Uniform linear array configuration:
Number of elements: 48
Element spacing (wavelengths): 0.25
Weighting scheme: hamming
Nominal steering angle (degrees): -45
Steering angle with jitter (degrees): -43.949
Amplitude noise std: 0.05
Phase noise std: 0.05

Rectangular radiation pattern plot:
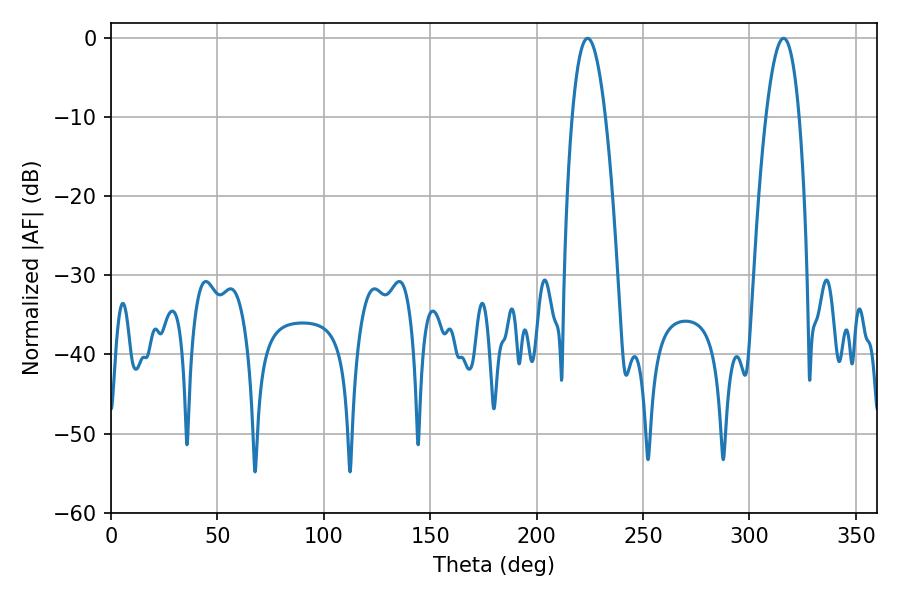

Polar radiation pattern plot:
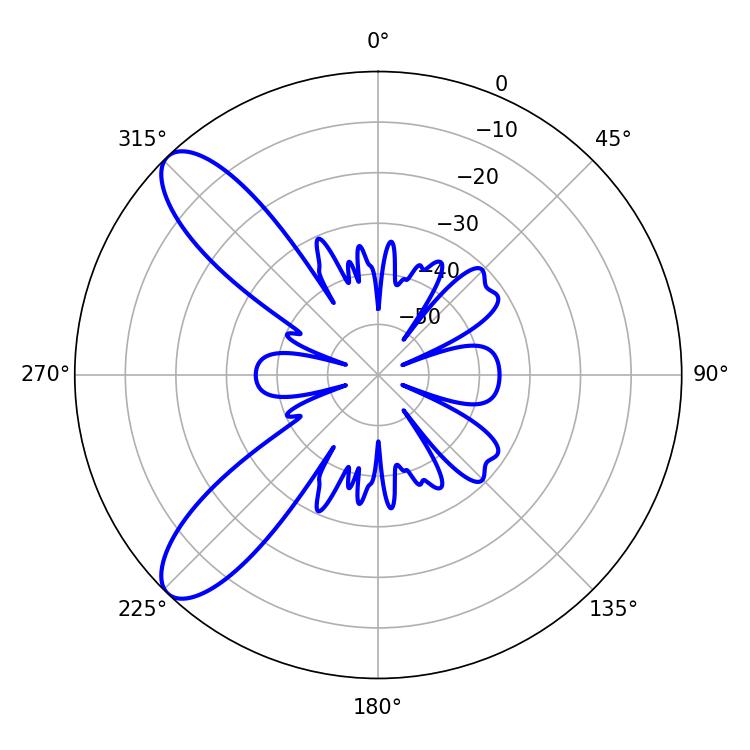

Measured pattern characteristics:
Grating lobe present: FALSE
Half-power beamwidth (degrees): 8.64
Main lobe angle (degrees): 223.92